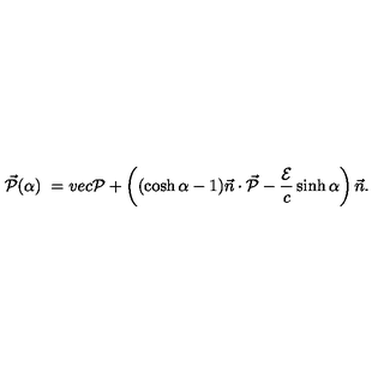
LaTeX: \vec { \cal { P } } ( \alpha ) \ = v e c { \cal { P } } + \left( ( \cosh \alpha - 1 ) \vec { n } \cdot \vec { \cal { P } } - \frac { \cal { E } } { c } \sinh \alpha \right) \vec { n } .